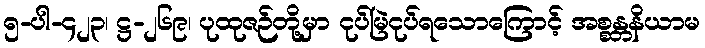
၅-ပါ-၄၂၃၊ ဋ္ဌ-၂၆၉၊ ပုထုဇဉ်တို့မှာ ငုပ်မြဲငုပ်ရသောကြောင့် အစ္စန္တနိယာမ